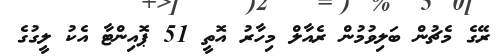
ރޭގެ މެޗުން ބަލިވުމުން ރެއާލް މިހާރު އޮތީ 51 ޕޮއިންޓާ އެކު ލީގުގެ